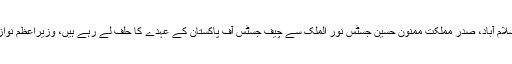
اسلام آباد کی تصاویر، اسلام آباد، صدر مملکت ممنون حسین جسٹس نور الملک سے چیف جسٹس آف پاکستان کے عہدے کا حلف لے رہے ہیں، وزیراعظم نواز شریف بھی موجود ہیں۔